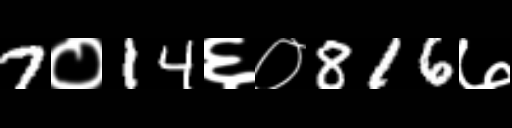
Text: 7०14६०816७